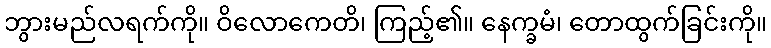
ဘွားမည်လရက်ကို။ ဝိလောကေတိ၊ ကြည့်၏။ နေက္ခမံ၊ တောထွက်ခြင်းကို။